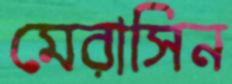
মেরাসিন